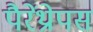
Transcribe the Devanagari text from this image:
पैरेंथ्रोपस